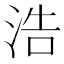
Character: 浩